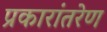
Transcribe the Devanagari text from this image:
प्रकारांतरेण